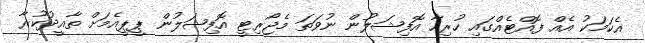
އެކަމަކު އެއް ފޮއްޓެއްގައި ހުރިހާ އޮފިޝަލުން ނުވަތަ މެޖޯރިޓީ އޮފިޝަލުން ޕީޕީއެމަށް ތާއީދުކުރާ